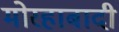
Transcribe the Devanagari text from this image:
मोरहाबादी